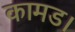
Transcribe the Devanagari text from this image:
कामड।